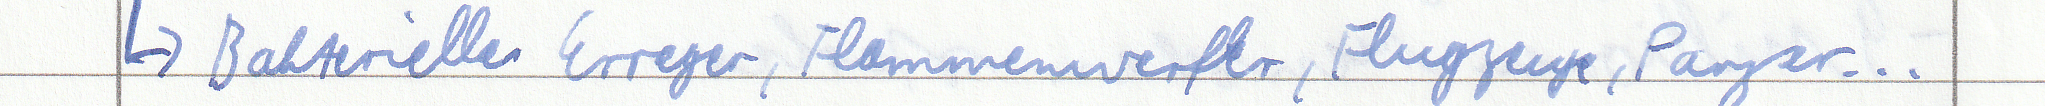
-> Bakterielle Erreger, Flammenwerfer, Flugzeuge, Panzer...